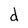
Character: d